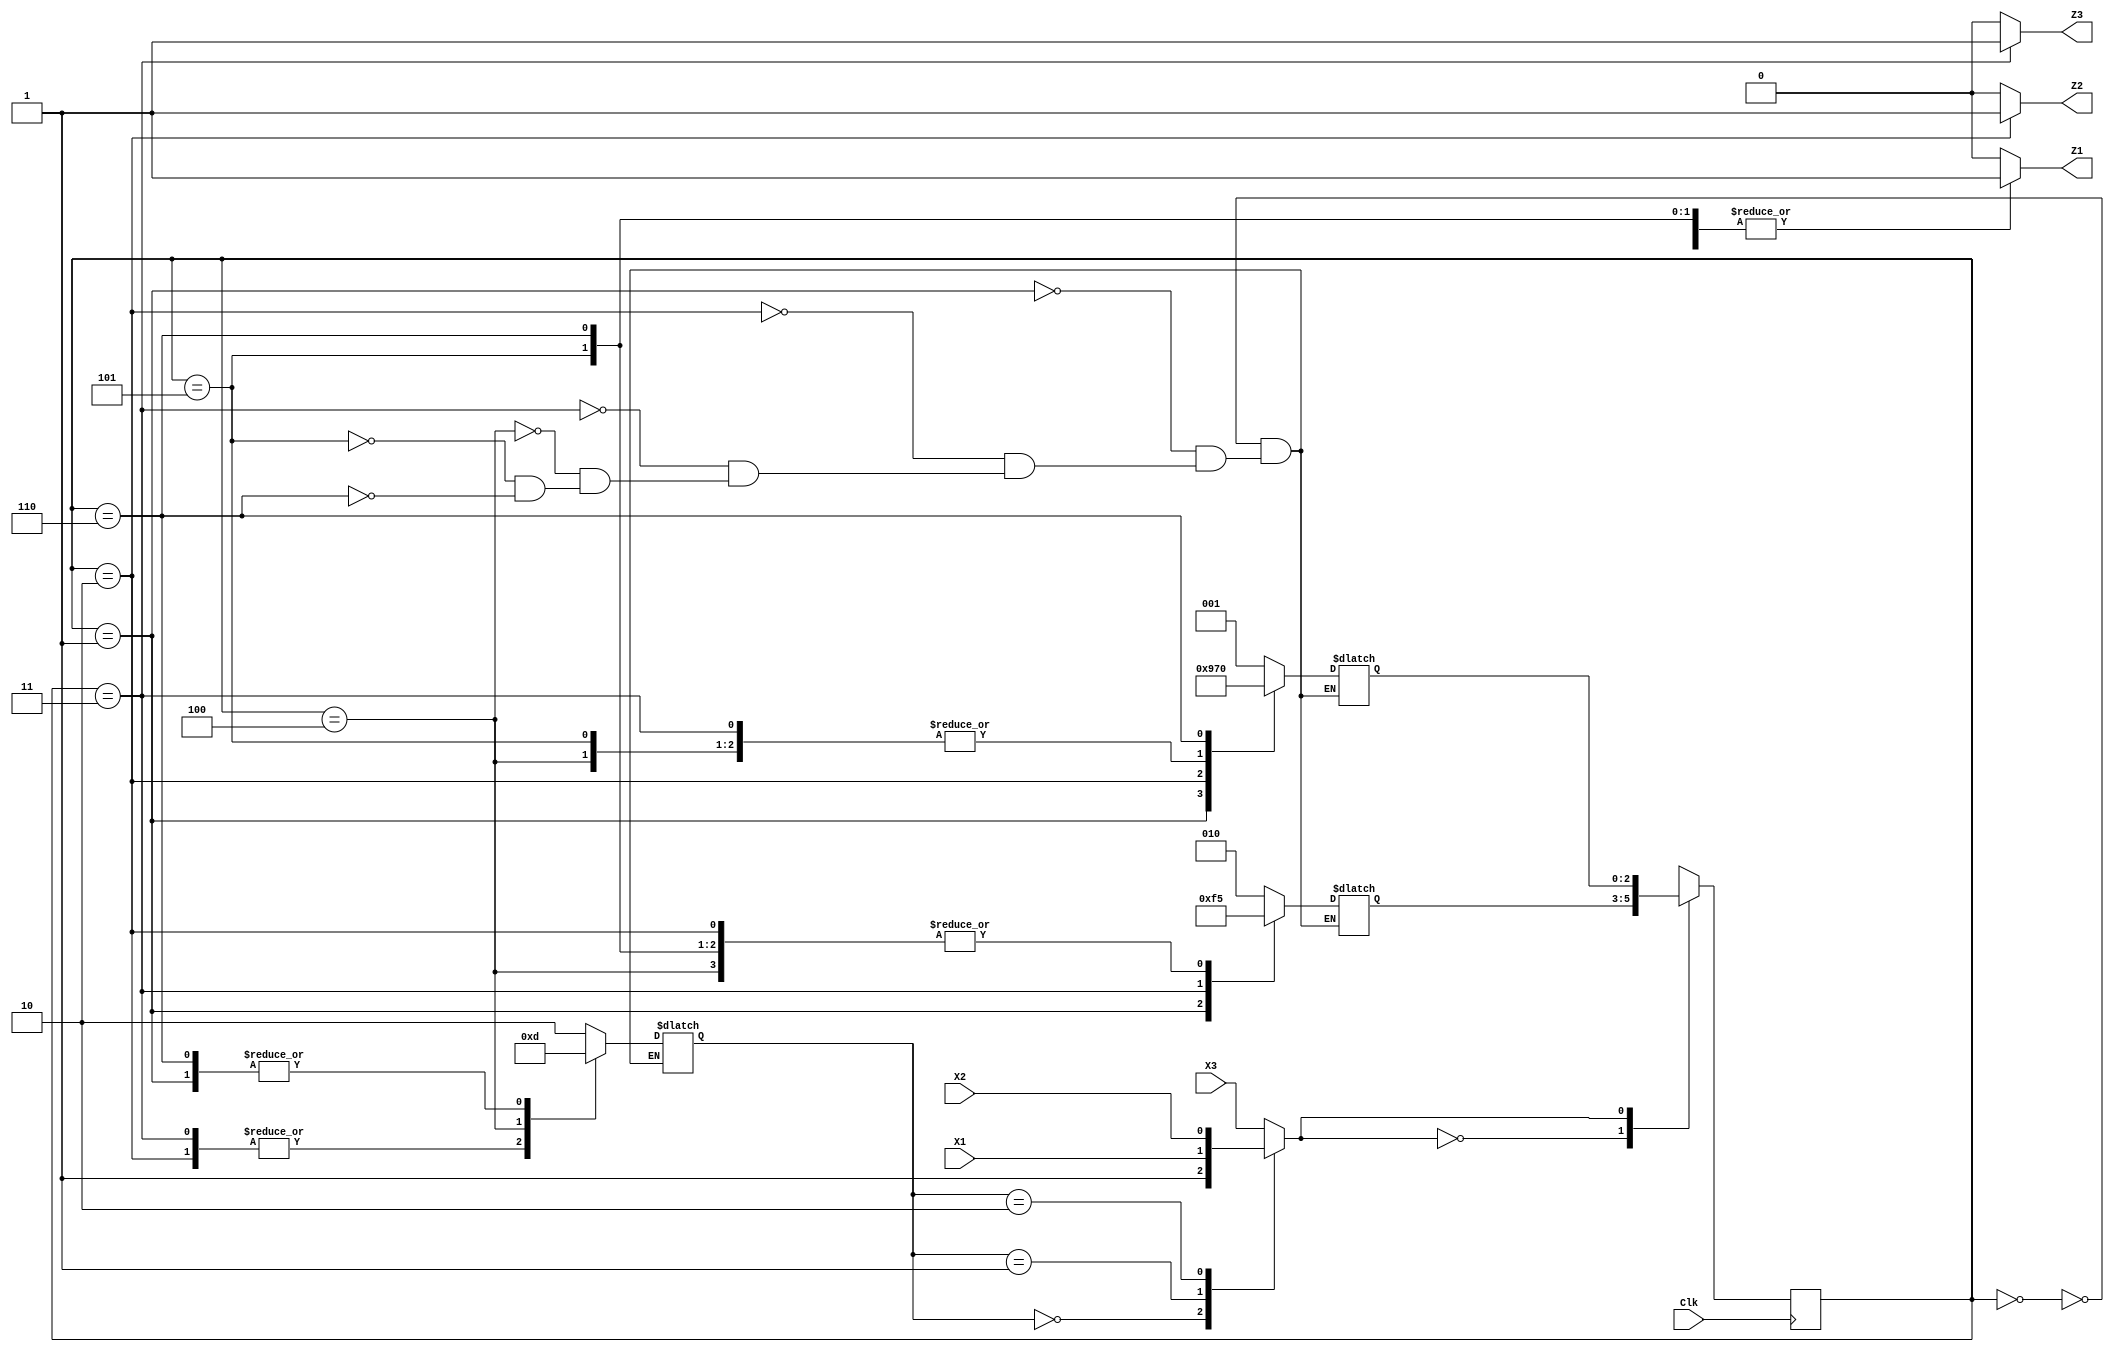
module HW_3_SQTA_microprogram (Clk,X1,X2,X3,Z1,Z2,Z3);
   input  Clk;
   input  X1,X2,X3;
   output Z1,Z2,Z3;
   reg    Z1,Z2,Z3;
   reg    [2:0]state;
   reg    [2:0]NSF;
   reg    [2:0]NST;
   reg   [1:0]test;
   reg    q; 

parameter  S0 = 3'b000, S01 = 3'b001, S02 = 3'b010, S03 = 3'b011;
parameter  S04 = 3'b100, S1 = 3'b101, S2 = 3'b110;


initial 
  begin
  	state = S0;
  	NSF = S02; NST = S01;
       test = 2'b10;
 end

always @(X1,X2,X3) begin
	case(test)
	 2'b00:begin
	 	    q = 1;
	       end
	 2'b01:begin
	 	    q = X1;
	       end
	 2'b10:begin
	 	    q = X2;
	       end
   default:begin
	 	    q = X3;
	       end
	 endcase
end

always @(X1,X2,X3,state) begin
	Z1 = 0;
        Z2 = 0;
        Z3 = 0;
	case(state)
	  S0:begin
	  	   NSF <= S02; NST <= S01;
                   test <= 2'b10;
	     end
	 S01:begin
	 	   NSF <= S03; NST <= S04;
	 	   test <= 2'b01;
	 	   Z1 = 1;
	     end
	 S02:begin
	 	   NSF <= S1; NST <= S1;
	 	   test <= 2'b00;
	 	   Z2 = 1;
	     end
	 S03:begin
	 	   NSF <= S2; NST <= S2;
	 	   test <= 2'b00;
	 	   Z3 = 1;
	     end
	 S04:begin
	 	   NSF <= S1; NST <= S2;
	 	   test <= 2'b11;
	     end
	  S1:begin
	  	   NSF <= S1; NST <= S2;
	  	   test <= 2'b10;
	  	   Z1 = 1;
	     end
	  S2:begin
	  	   NSF <= S1; NST <= S0;
	  	   test <= 01;
	  	   Z1 = 1;
	     end
	endcase
end

always@(posedge Clk) begin
	case(q)
     0:begin
     	state <= NSF;
       end
     1:begin
     	state <= NST;
       end
    endcase
end

endmodule